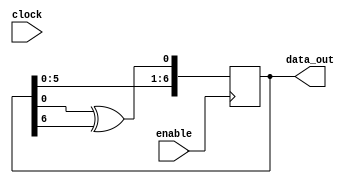
//`timescale 100ns / 10ns


module lfsr7 (enable, data_out , clock);

  output [7:1] data_out;
  input  clock;
  input enable;
  
  reg [7:1] sreg;
  
  initial sreg = 7'b1;
//  
//  always @ (posedge clock)
//  if (enable == 1'b1) 
//      sreg <= {sreg[6:1],sreg[1] ^ sreg[7]};
//		

	always @ (negedge enable)
	sreg <=  {sreg[6:1],sreg[1] ^ sreg[7]};
  assign data_out = {1'b0,sreg};
 
endmodule